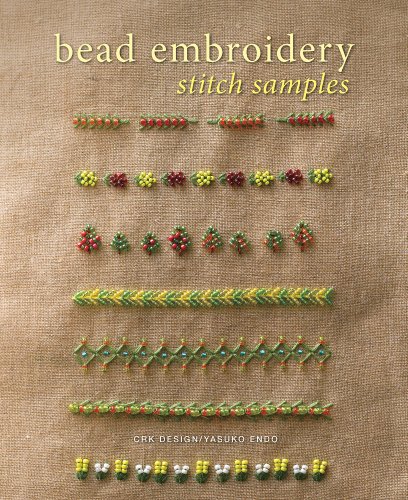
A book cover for Bead Embroidery Stitch Samples; CRK Design; Crafts, Hobbies & Home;